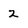
Character: 2